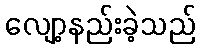
လျော့နည်းခဲ့သည်